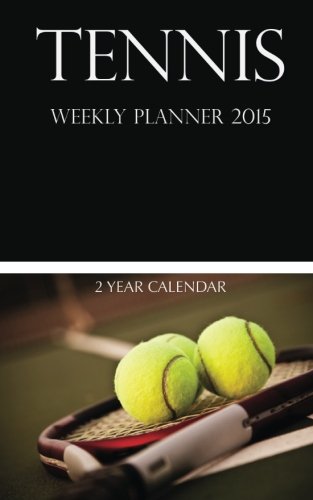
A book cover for Tennis Weekly Planner 2015: 2 Year Calendar; Sam Hub; Calendars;